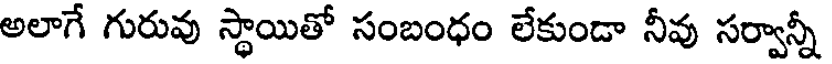
అలాగే గురువు స్థాయితో సంబంధం లేకుండా నీవు సర్వాన్నీ